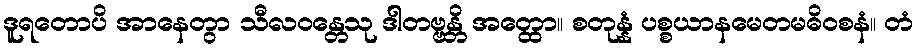
ဒူရတောပိ အာနေတွာ သီလဝန္တေသု ဒါတဗ္ဗန္တိ အတ္ထော။ စတုန္နံ ပစ္စယာနမေတမဓိဝစနံ။ တံ